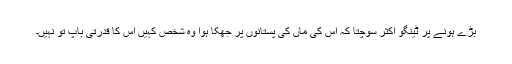
بڑے ہونے پر ٹینگو اکثر سوچتا کہ اس کی ماں کی پستانوں پر جھکا ہوا وہ شخص کہیں اس کا قدرتی باپ تو نہیں۔